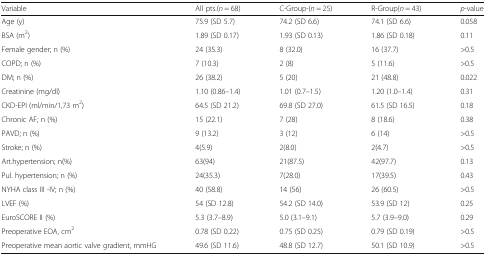
<table><thead><tr><td><b>Variable</b></td><td><b>All pts.(<i>n</i> = 68)</b></td><td><b>C-Group-(<i>n</i> = 25)</b></td><td><b>R-Group(<i>n</i> = 43)</b></td><td><b><i>p</i>-value</b></td></tr></thead><tbody><tr><td>Age (y)</td><td>75.9 (SD 5.7)</td><td>74.2 (SD 6.6)</td><td>74.1 (SD 6.6)</td><td>0.058</td></tr><tr><td>BSA (m<sup>2</sup>)</td><td>1.89 (SD 0.17)</td><td>1.93 (SD 0.13)</td><td>1.86 (SD 0.18)</td><td>0.11</td></tr><tr><td>Female gender; n (%)</td><td>24 (35.3)</td><td>8 (32.0)</td><td>16 (37.7)</td><td>&gt;0.5</td></tr><tr><td>COPD; n (%)</td><td>7 (10.3)</td><td>2 (8)</td><td>5 (11.6)</td><td>&gt;0.5</td></tr><tr><td>DM; n (%)</td><td>26 (38.2)</td><td>5 (20)</td><td>21 (48.8)</td><td>0.022</td></tr><tr><td>Creatinine (mg/dl)</td><td>1.10 (0.86–1.4)</td><td>1.01 (0.7–1.5)</td><td>1.20 (1.0–1.4)</td><td>0.31</td></tr><tr><td>CKD-EPI (ml/min/1,73 m<sup>2</sup>)</td><td>64.5 (SD 21.2)</td><td>69.8 (SD 27.0)</td><td>61.5 (SD 16.5)</td><td>0.18</td></tr><tr><td>Chronic AF; n (%)</td><td>15 (22.1)</td><td>7 (28)</td><td>8 (18.6)</td><td>0.38</td></tr><tr><td>PAVD; n (%)</td><td>9 (13.2)</td><td>3 (12)</td><td>6 (14)</td><td>&gt;0.5</td></tr><tr><td>Stroke; n (%)</td><td>4(5.9)</td><td>2(8.0)</td><td>2(4.7)</td><td>&gt;0.5</td></tr><tr><td>Art.hypertension; n(%)</td><td>63(94)</td><td>21(87.5)</td><td>42(97.7)</td><td>0.13</td></tr><tr><td>Pul. hypertension; n (%)</td><td>24(35.3)</td><td>7(28.0)</td><td>17(39.5)</td><td>0.43</td></tr><tr><td>NYHA class III -IV; n (%)</td><td>40 (58.8)</td><td>14 (56)</td><td>26 (60.5)</td><td>&gt;0.5</td></tr><tr><td>LVEF (%)</td><td>54 (SD 12.8)</td><td>54.2 (SD 14.0)</td><td>53.9 (SD 12)</td><td>0.25</td></tr><tr><td>EuroSCORE II (%)</td><td>5.3 (3.7–8.9)</td><td>5.0 (3.1–9.1)</td><td>5.7 (3.9–9.0)</td><td>0.29</td></tr><tr><td>Preoperative EOA, cm<sup>2</sup></td><td>0.78 (SD 0.22)</td><td>0.75 (SD 0.25)</td><td>0.79 (SD 0.19)</td><td>&gt;0.5</td></tr><tr><td>Preoperative mean aortic valve gradient, mmHG</td><td>49.6 (SD 11.6)</td><td>48.8 (SD 12.7)</td><td>50.1 (SD 10.9)</td><td>&gt;0.5</td></tr></tbody></table>